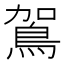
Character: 鴐